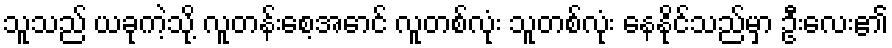
သူသည် ယခုကဲ့သို့ လူတန်းစေ့အောင် လူတစ်လုံး သူတစ်လုံး နေနိုင်သည်မှာ ဦးလေး၏